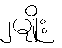
၂မျိုး